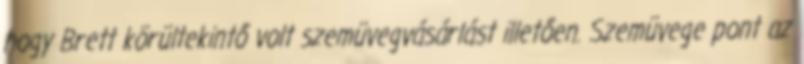
hogy Brett körültekintő volt szemüvegvásárlást illetően. Szemüvege pont az